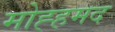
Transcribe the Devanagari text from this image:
मोह्हमद